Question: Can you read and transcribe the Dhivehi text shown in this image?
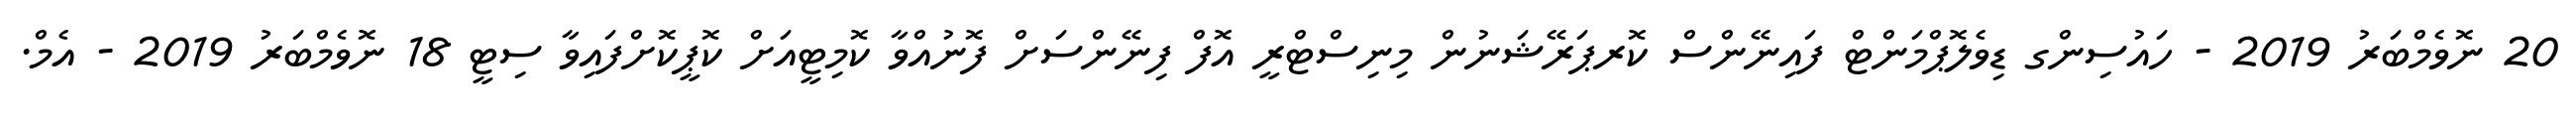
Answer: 20 ނޮވެމްބަރު 2019 - ހައުސިންގ ޑިވެލޮޕްމަންޓް ފައިނޭންސް ކޮރޕަރޭޝަނުން މިނިސްޓްރީ އޮފް ފިނޭންސަށް ފޮނުއްވާ ކޮމިޓީއަށް ކޮޕީކޮށްފައިވާ ސިޓީ 18 ނޮވެމްބަރު 2019 - އެމް.